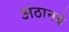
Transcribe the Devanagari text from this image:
अंठानबे